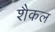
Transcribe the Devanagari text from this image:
शैकल